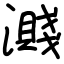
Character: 濺